Indian journal of veterinary science and animal husbandry - Volumes 15-17, 1948-1951
Year: 1948
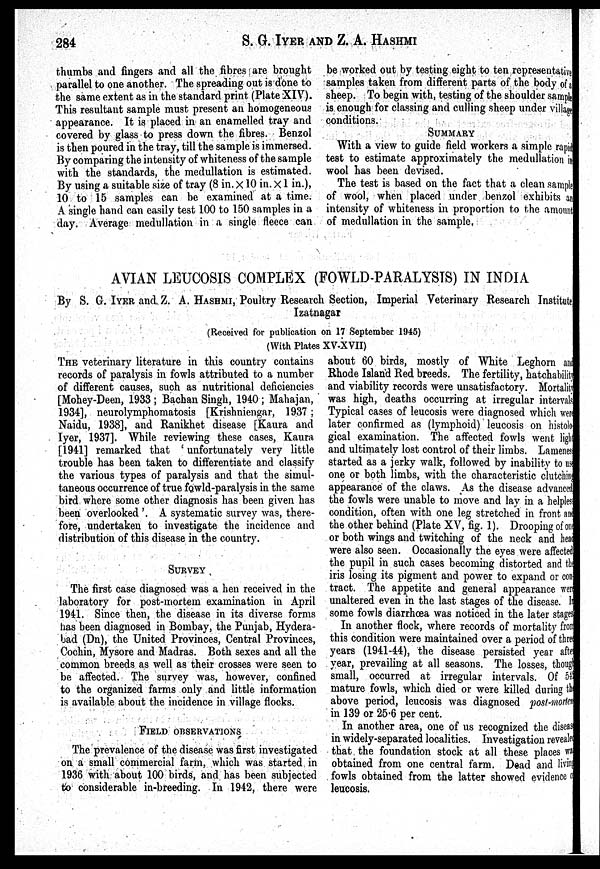
284
S.
G. IYER AND Z. A. HASHMI
thumbs and fingers and all the fibres are brought
parallel to one another. The spreading out is done to
the same extent as in the standard print (Plate XIV).
This resultant sample must present an homogeneous
appearance. It is placed in an enamelled tray and
covered by glass to press down the fibres. Benzol
is then poured in the tray, till the sample is immersed.
By comparing the intensity of whiteness of the sample
with the standards, the medullation is estimated.
By using a suitable size of tray (8 in. ×10 in. × 1 in.),
10 to 15 samples can be examined at a time.
A single hand can easily test 100 to 150 samples in a
day. Average medullation in a single fleece can
be worked out by testing eight to ten representative
samples taken from different parts of the body of a
sheep. To begin with, testing of the shoulder sample
is enough for classing and culling sheep under village
conditions.
SUMMARY
With a view to guide field workers a simple rapid
test to estimate approximately the medullation i n
wool has been devised.
The test is based on the fact that a clean sample
of wool, when placed under benzol exhibits an
intensity of whiteness in proportion to the amount
of medullation in the sample.
AVIAN LEUCOSIS COMPLEX (FOWLD-PARALYSIS) IN INDIA
By S. 6. IYER and Z. A. HASHMI, Poultry Research Section, Imperial Veterinary Research Institute
Izatnagar
(Received for publication on 17 September 1945)
(With Plates XV-XVII)
THE veterinary literature in this country contains
records of paralysis in fowls attributed to a number
of different causes, such as nutritional deficiencies
[Mohey-Deen, 1933 ; Bachan Singh, 1940 ; Mahajan,
1934], neurolymphomatosis [Krishniengar, 1937 ;
Naidu, 1938], and Ranikhet disease [Kaura and
Iyer, 1937]. While reviewing these cases, Kaura
[1941] remarked that 'unfortunately very little
trouble has been taken to differentiate and classify
the various types of paralysis and that the simul-
taneous occurrence of true fowld-paralysis in the same
bird where some other diagnosis has been given has
been overlooked '. A systematic survey was, there-
fore, undertaken to investigate the incidence and
distribution of this disease in the country.
SURVEY
The first case diagnosed was a hen received in the
laboratory for post-mortem examination in April
1941. Since then, the disease in its diverse forms
has been diagnosed in Bombay, the Punjab, Hydera-
bad (Dn), the United Provinces, Central Provinces,
Cochin, Mysore and Madras. Both sexes and all the
common breeds as well as their crosses were seen to
be affected. The survey was, however, confined
to the organized farms only and little information
is available about the incidence in village flocks.
FIELD OBSERVATIONS
The prevalence of the disease was first investigated
on a small commercial farm, which was started in
1936 with about 100 birds, and has been subjected
to considerable in-breeding. In 1942, there were
about 60 birds, mostly of White Leghorn and
Rhode Island Red breeds. The fertility, hatchability
and viability records were unsatisfactory. Mortality
was high, deaths occurring at irregular intervals
Typical cases of leucosis were diagnosed which were
later confirmed as (lymphoid) leucosis on histolo-
gical examination. The affected fowls went light
and ultimately lost control of their limbs. Lanieness
started as a jerky walk, followed by inability to use
one or both limbs, with the characteristic clutching
appearance of the claws. As the disease advanced
the fowls were unable to move and lay in a helpless
condition, often with one leg stretched in front and
the other behind (Plate XV, fig. 1). Drooping of on
or both wings and twitching of the neck and head
were also seen. Occasionally the eyes were affected
the pupil in such cases becoming distorted and the
iris losing its pigment and power to expand or con
tract. The appetite and general appearance wen
unaltered even in the last stages of the disease. In
some fowls diarrhœa was noticed in the later stages
In another flock, where records of mortality from
this condition were maintained over a period of three
years (1941-44), the disease persisted year after
year, prevailing at all seasons. The losses, thought
small, occurred at irregular intervals. Of 54
mature fowls, which died or were killed during the
above period, leucosis was diagnosed post-mortem
in 139 or 25.6 per cent.
In another area, one of us recognized the diseas
in widely-separated localities. Investigation reveale
that the foundation stock at all these places wa
obtained from one central farm. Dead and l i vi ng
fowls obtained from the latter showed evidence o
leucosis.